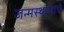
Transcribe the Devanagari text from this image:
जन्मस्थानाचे